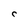
Character: C